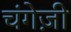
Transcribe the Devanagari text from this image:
चंगेज़ी